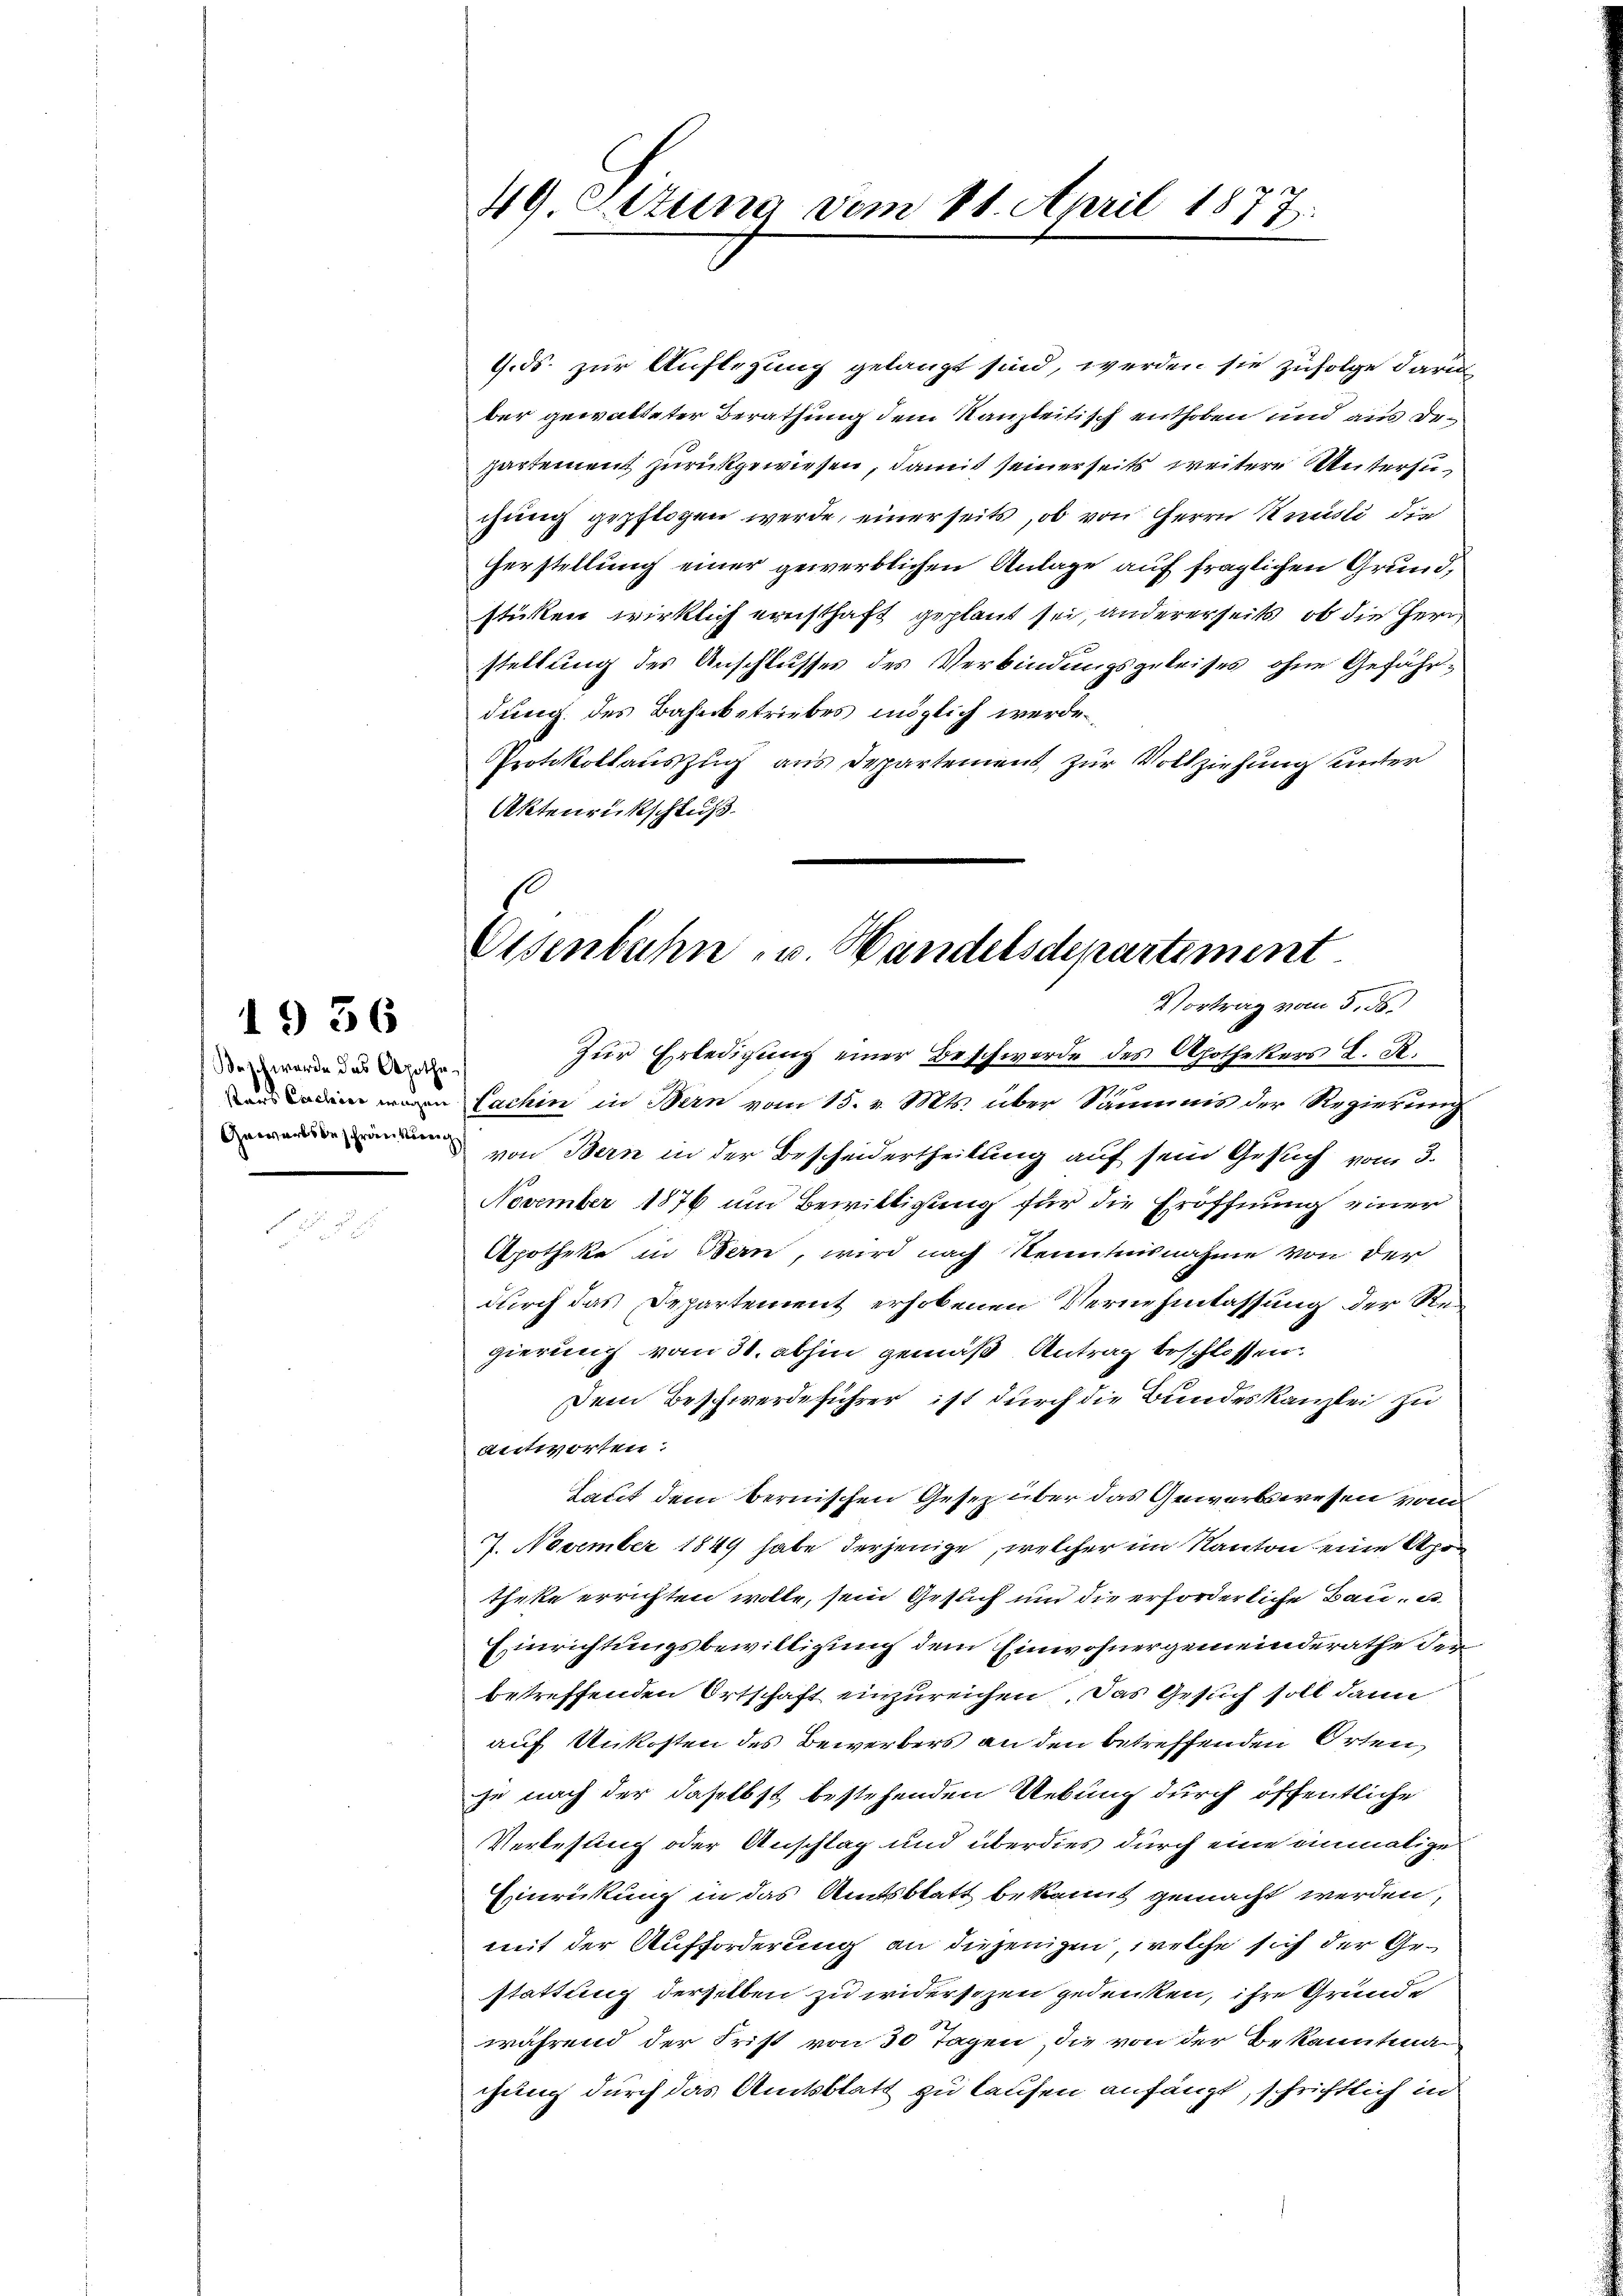
Waschwerde des Apothe

1936

4.ds. zur Auflegung gelangt sind, werden sie zufolge daru
ber gewatteter Berathung dem Kanzleitisch enthoben und aus Departement zurückgewiesen, damit seinerseits weitere Unterzuchung gepflogen werde, einerseits, ob von Herrn Knüsli, die
Herstellung einer gewerblichen Anlage auf fraglichen Grundstüken wirklich ernsthaft geplant sei, andererseits, ob die Herr
stellung des Anschlusses des Verbindungsgeleises ohne Gefährdung des Bahnbetriebes möglich werde.
Protokollauszug aus Departement, zur Vollziehung unter
Aktenrückschluß
Zur Erledigung einer Beschwerde des Apothekers L. K.
g
inen Lachin in Bern vom 15. v. Mts. über Sämmis der Regierung
 von Bern in der Bescheidertheilung auf sein Gesuch vom 3.
November 1876 um Bewilligung für die Eröffnung einer
Apotheke in Bern, wird nach Kenntnisnahme von der
durch das Departement erhobenen Vernehmlassung der Regierung vom 31. abhin gemäß Antrag beschlossen.
Dem Beschwerdeführer ist durch die Bundeskanzlei zu
antworten:
Tacit dem bernischen Gesetz über das Gewerbswesen vom
7. November 1849 habe derjenige, welcher im Kanton eine Apotheke errichten wolle, sein Gesuch und die erforderliche Bau- u
Einrichtungsbewilligung dem Einwohnergemeinderathe der
betreffenden Ortschaft einzureichen. Das Gesuch soll dann
auf Unkosten des Bewerbers an den betreffenden Orten,
je nach der daselbst bestehenden Uebung durch öffentliche
Verlesung oder Anschlag und überdies durch eine einmalige
Einrickung in das Amtsblatt bekannt gemacht werden,
mit der Aufforderung an diejenigen, welche sich der Gestattung derselben zu widersezen gedenken, ihre Gründe
während der Frist von 30 Tagen, die von der Bekanntni
chung durch das Amtsblatt zu laufen anfängt, schriftlich in

49 Situng vom 11. April 1877.

Eisenbahn, u. Handelsdepartement
Vortrag vom 5. ds.